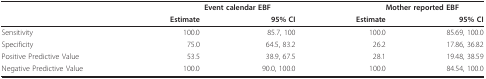
<table><thead><tr><td></td><td colspan="2"><b>Event calendar EBF</b></td><td colspan="2"><b>Mother reported EBF</b></td></tr><tr><td></td><td><b>Estimate</b></td><td><b>95% CI</b></td><td><b>Estimate</b></td><td><b>95% CI</b></td></tr></thead><tbody><tr><td>Sensitivity</td><td>100.0</td><td>85.7, 100</td><td>100.0</td><td>85.69, 100.0</td></tr><tr><td>Specificity</td><td>75.0</td><td>64.5, 83.2</td><td>26.2</td><td>17.86, 36.82</td></tr><tr><td>Positive Predictive Value</td><td>53.5</td><td>38.9, 67.5</td><td>28.1</td><td>19.48, 38.59</td></tr><tr><td>Negative Predictive Value</td><td>100.0</td><td>90.0, 100.0</td><td>100.0</td><td>84.54, 100.0</td></tr></tbody></table>